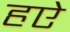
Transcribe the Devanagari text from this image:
हऐ